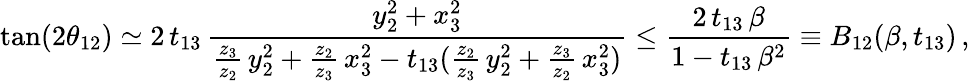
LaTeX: \tan(2\theta_{12})\simeq 2\, t_{13}\, \frac{y_{2}^{2}+x_{3}^{2}}{\frac{z_{3}}{z_{2}}\, y_{2}^{2}+\frac{z_{2}}{z_{3}}\, x_{3}^{2}-t_{13}(\frac{z_{2}}{z_{3}}\, y_{2}^{2}+\frac{z_{3}}{z_{2}}\, x_{3}^{2})}\le\frac{2\, t_{13}\, \beta}{1-t_{13}\, \beta^{2}}\equiv B_{12}(\beta,t_{13})\, ,